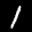
Label: 1